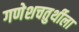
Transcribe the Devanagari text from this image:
गणेशचतुर्थीला